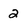
Character: 2